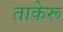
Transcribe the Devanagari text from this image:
ताकेरू